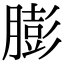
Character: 膨